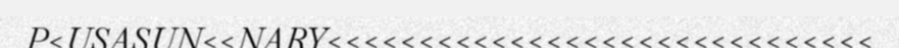
P<USASUN<<NARY<<<<<<<<<<<<<<<<<<<<<<<<<<<<<<